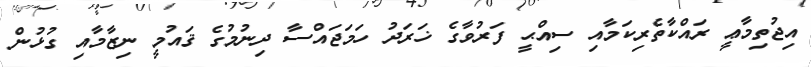
އިޖުތިމާޢީ ރައްކާތެރިކަމާއި ސިއްޙީ ފަރުވާގެ ޚަރަދު ހަމަޖައްސާ ދިނުމުގެ ޤައުމީ ނިޒާމާއި ގުޅުން